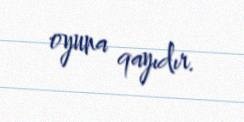
oyuna qayıdır.